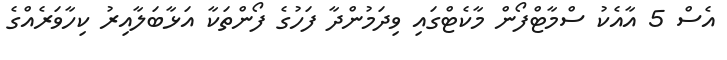
އެސް 5 އާއެކު ސްމާޓްފޯން މާކެޓްގައި ވިދަމުންދާ ފަހުގެ ފޯންތަކާ އަޅާބަލާއިރު ކިހާވަރެއްގެ